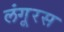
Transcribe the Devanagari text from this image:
लंगूरस